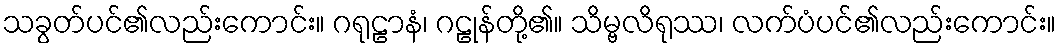
သခွတ်ပင်၏လည်းကောင်း။ ဂရုဠာနံ၊ ဂဠုန်တို့၏။ သိမ္ဗလိရုဿ၊ လက်ပံပင်၏လည်းကောင်း။